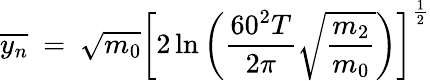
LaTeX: \overline{{y_{n}}}\ =\ \sqrt{m_{0}}\left[2\ln\left(\frac{60^{2}T}{2\pi}\sqrt{\frac{m_{2}}{m_{0}}}\right)\right]^{\frac{1}{2}}